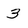
Character: 3